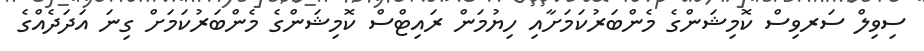
ސިވިލް ސަރވިސް ކޮމިޝަންގެ މެންބަރުކަމަށާއި ހިޔުމަން ރައިޓްސް ކޮމިޝަންގެ މެންބަރުކަމަށް ގިނަ އަދަދެއްގެ